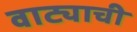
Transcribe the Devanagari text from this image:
वाट्याची